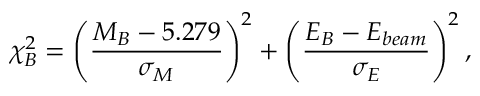
\chi _ { B } ^ { 2 } = \left( \frac { M _ { B } - 5 . 2 7 9 } { \sigma _ { M } } \right) ^ { 2 } + \left( \frac { E _ { B } - E _ { b e a m } } { \sigma _ { E } } \right) ^ { 2 } ,